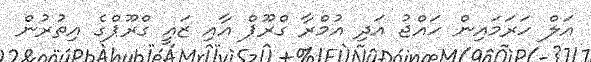
އަލް ހަރަމައިން ހައްޖު އަދި އުމްރާ ގްރޫޕް އާއި ޒައީ ގްރޫޕްގެ އިތުރުން